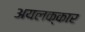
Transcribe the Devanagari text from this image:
अयलक्कार